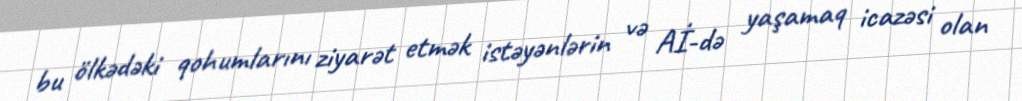
bu ölkədəki qohumlarını ziyarət etmək istəyənlərin və Aİ-də yaşamaq icazəsi olan